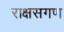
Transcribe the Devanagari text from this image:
राक्षसगण